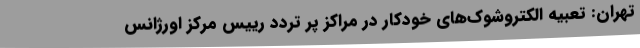
تهران: تعبیه الکتروشوک‌های خودکار در مراکز پر تردد رییس مرکز اورژانس